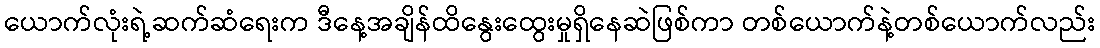
ယောက်လုံးရဲ့ဆက်ဆံရေးက ဒီနေ့အချိန်ထိနွေးထွေးမှုရှိနေဆဲဖြစ်ကာ တစ်ယောက်နဲ့တစ်ယောက်လည်း